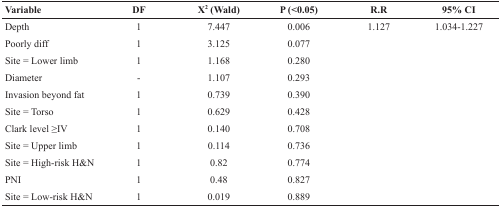
<table><thead><tr><td><b>Variable</b></td><td><b>DF</b></td><td><b>Χ<sup>2</sup> (Wald)</b></td><td><b>P (&lt;0.05)</b></td><td><b>R.R</b></td><td><b>95% CI</b></td></tr></thead><tbody><tr><td>Depth</td><td>1</td><td>7.447</td><td>0.006</td><td>1.127</td><td>1.034-1.227</td></tr><tr><td>Poorly diff</td><td>1</td><td>3.125</td><td>0.077</td><td></td><td></td></tr><tr><td>Site = Lower limb</td><td>1</td><td>1.168</td><td>0.280</td><td></td><td></td></tr><tr><td>Diameter</td><td>-</td><td>1.107</td><td>0.293</td><td></td><td></td></tr><tr><td>Invasion beyond fat</td><td>1</td><td>0.739</td><td>0.390</td><td></td><td></td></tr><tr><td>Site = Torso</td><td>1</td><td>0.629</td><td>0.428</td><td></td><td></td></tr><tr><td>Clark level ≥IV</td><td>1</td><td>0.140</td><td>0.708</td><td></td><td></td></tr><tr><td>Site = Upper limb</td><td>1</td><td>0.114</td><td>0.736</td><td></td><td></td></tr><tr><td>Site = High-risk H&amp;N</td><td>1</td><td>0.82</td><td>0.774</td><td></td><td></td></tr><tr><td>PNI</td><td>1</td><td>0.48</td><td>0.827</td><td></td><td></td></tr><tr><td>Site = Low-risk H&amp;N</td><td>1</td><td>0.019</td><td>0.889</td><td></td><td></td></tr></tbody></table>